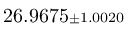
2 6 . 9 6 7 5 { \scriptstyle \pm 1 . 0 0 2 0 }